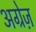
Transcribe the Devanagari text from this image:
अग्रेज़